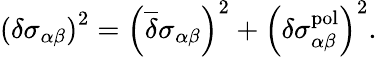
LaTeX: \left(\delta\sigma_{\alpha\beta}\right)^{2}=\left({\overline{{\delta}}}\sigma_{\alpha\beta}\right)^{2}+\left(\delta\sigma_{\alpha\beta}^{\mathrm{pol}}\right)^{2}.